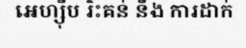
អេហ្ស៊ីប រិះគន់ នឹង ការដាក់